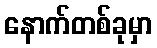
နောက်တစ်ခုမှာ